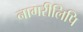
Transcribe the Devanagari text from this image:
नागरीलिपि